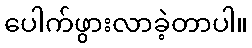
ပေါက်ဖွားလာခဲ့တာပါ။